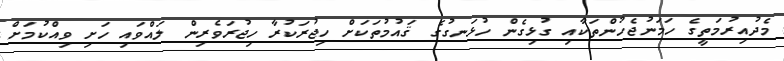
މެދުއިރުމަތީގެ ހަމަނުޖެހުންތަކާއި ގުޅިގެން ހުޅަނގުގެ ޤައުމުތަކަށް ހިޖުރަކުރާ ހިޖުރަވެރިން ލައްވައި ހަށި ވިއްކުމަށް